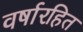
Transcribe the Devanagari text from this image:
वर्षारहित